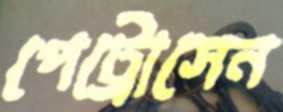
পেট্রোসেন